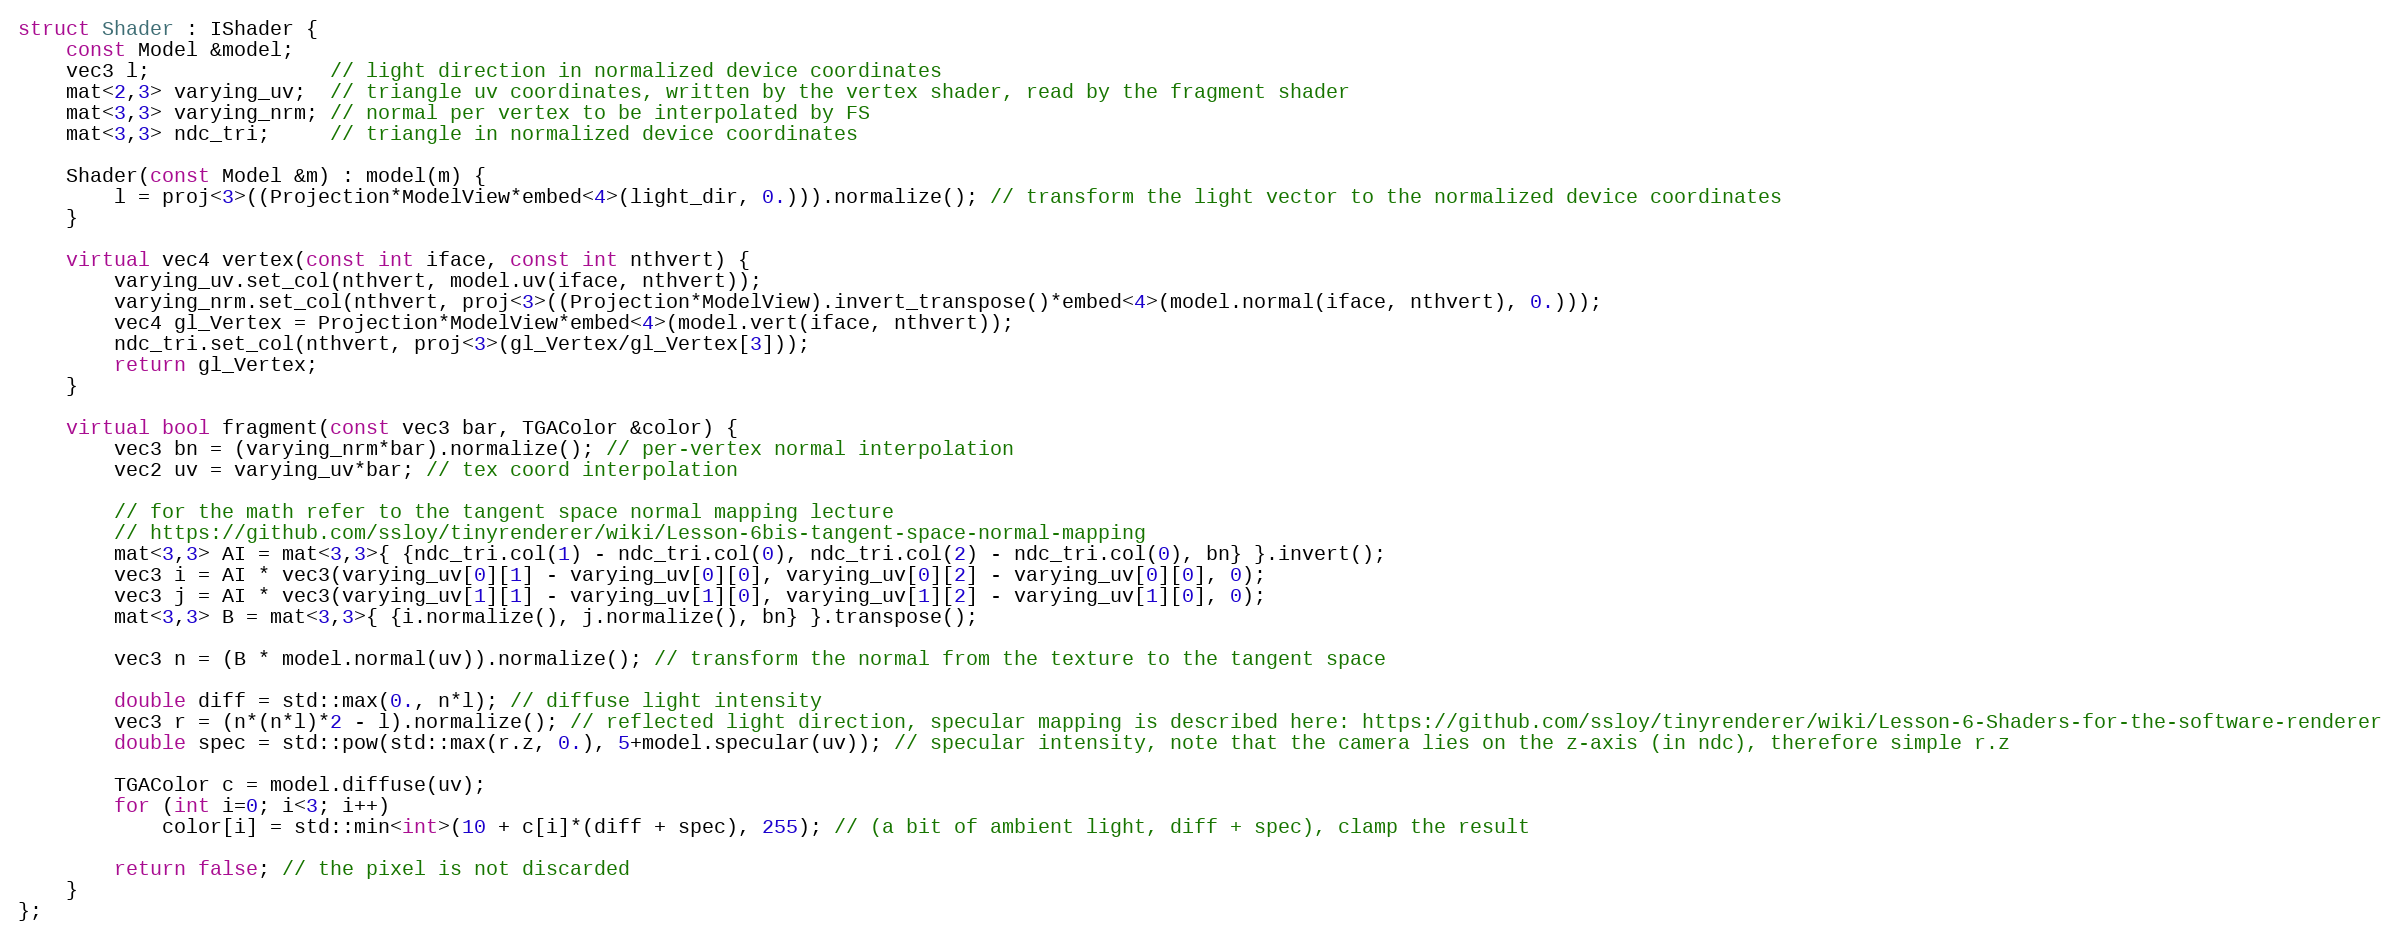
Language: C++
struct Shader : IShader {
    const Model &model;
    vec3 l;               // light direction in normalized device coordinates
    mat<2,3> varying_uv;  // triangle uv coordinates, written by the vertex shader, read by the fragment shader
    mat<3,3> varying_nrm; // normal per vertex to be interpolated by FS
    mat<3,3> ndc_tri;     // triangle in normalized device coordinates

    Shader(const Model &m) : model(m) {
        l = proj<3>((Projection*ModelView*embed<4>(light_dir, 0.))).normalize(); // transform the light vector to the normalized device coordinates
    }

    virtual vec4 vertex(const int iface, const int nthvert) {
        varying_uv.set_col(nthvert, model.uv(iface, nthvert));
        varying_nrm.set_col(nthvert, proj<3>((Projection*ModelView).invert_transpose()*embed<4>(model.normal(iface, nthvert), 0.)));
        vec4 gl_Vertex = Projection*ModelView*embed<4>(model.vert(iface, nthvert));
        ndc_tri.set_col(nthvert, proj<3>(gl_Vertex/gl_Vertex[3]));
        return gl_Vertex;
    }

    virtual bool fragment(const vec3 bar, TGAColor &color) {
        vec3 bn = (varying_nrm*bar).normalize(); // per-vertex normal interpolation
        vec2 uv = varying_uv*bar; // tex coord interpolation

        // for the math refer to the tangent space normal mapping lecture
        // https://github.com/ssloy/tinyrenderer/wiki/Lesson-6bis-tangent-space-normal-mapping
        mat<3,3> AI = mat<3,3>{ {ndc_tri.col(1) - ndc_tri.col(0), ndc_tri.col(2) - ndc_tri.col(0), bn} }.invert();
        vec3 i = AI * vec3(varying_uv[0][1] - varying_uv[0][0], varying_uv[0][2] - varying_uv[0][0], 0);
        vec3 j = AI * vec3(varying_uv[1][1] - varying_uv[1][0], varying_uv[1][2] - varying_uv[1][0], 0);
        mat<3,3> B = mat<3,3>{ {i.normalize(), j.normalize(), bn} }.transpose();

        vec3 n = (B * model.normal(uv)).normalize(); // transform the normal from the texture to the tangent space

        double diff = std::max(0., n*l); // diffuse light intensity
        vec3 r = (n*(n*l)*2 - l).normalize(); // reflected light direction, specular mapping is described here: https://github.com/ssloy/tinyrenderer/wiki/Lesson-6-Shaders-for-the-software-renderer
        double spec = std::pow(std::max(r.z, 0.), 5+model.specular(uv)); // specular intensity, note that the camera lies on the z-axis (in ndc), therefore simple r.z

        TGAColor c = model.diffuse(uv);
        for (int i=0; i<3; i++)
            color[i] = std::min<int>(10 + c[i]*(diff + spec), 255); // (a bit of ambient light, diff + spec), clamp the result

        return false; // the pixel is not discarded
    }
};